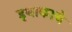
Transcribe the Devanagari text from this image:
इथाकाचे